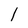
Character: 1